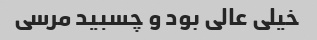
خیلی عالی بود و چسبید مرسی